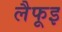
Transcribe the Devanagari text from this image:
लैफूइ